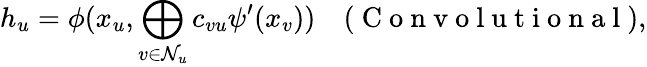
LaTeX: h_{u}=\phi(x_{u},\bigoplus_{v\in\mathcal{N}_{u}}c_{vu}\psi^{\prime}(x_{v}))\quad(\mathrm{~C~o~n~v~o~l~u~t~i~o~n~a~l~}),